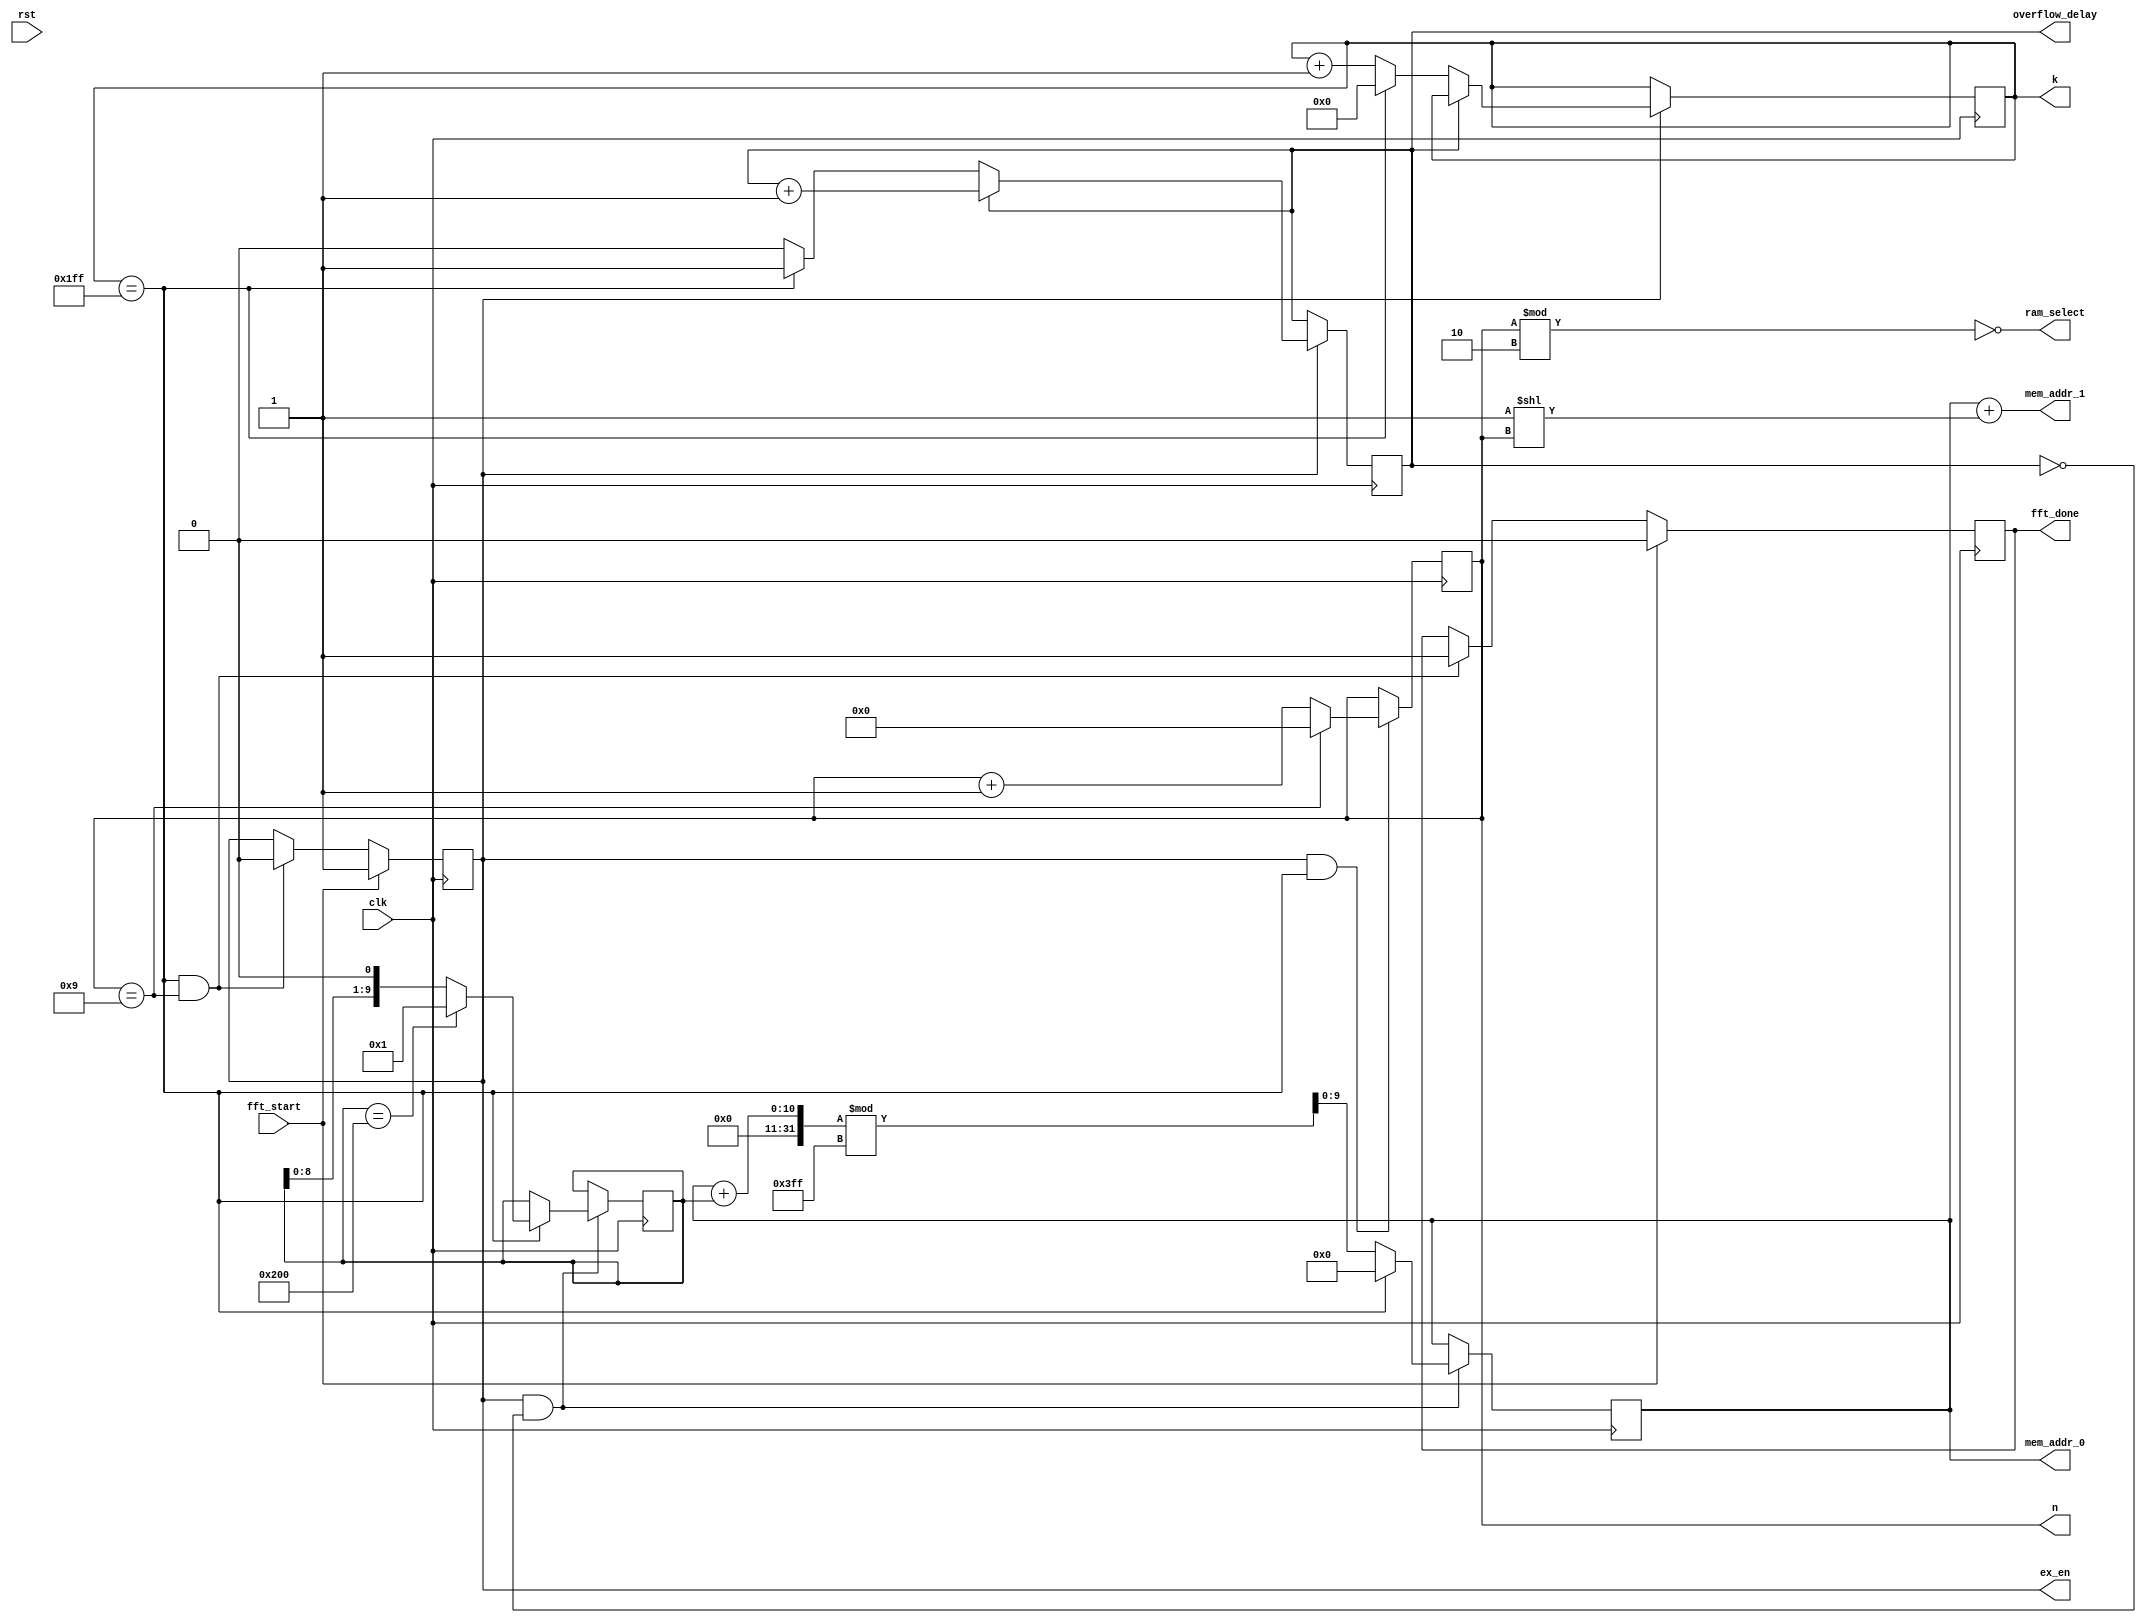
module AGU 
#(
    parameter addr_width = 10,
    parameter n_steps = 9
)
(
    input clk,
    input rst,
    input fft_start,
    output [addr_width - 1:0] mem_addr_0,
    output [addr_width - 1:0] mem_addr_1,
    output ram_select,
    output [n_steps-1:0] k,
    output [3: 0] n,
    output reg fft_done,
    output ex_en,
    output overflow_delay
);

reg ex_en = 0;
reg [n_steps-1:0] j = 0;
reg [3:0] i = 0;
reg overflow_delay = 0;
assign k = j;
assign n = i;

assign ram_select = !(i%2);
// counter j
always @(posedge clk) begin
    if(ex_en) begin
        if(overflow_delay == 0) begin
            if(j == 511) begin
                j <= 0;
                overflow_delay <= 1;
            end
            else begin
                j <= j +1;
            end
        end
        else begin
            overflow_delay <= overflow_delay + 1;
        end
    end
end

// counter i
always @(posedge clk) begin
    if(ex_en & (j == 511)) begin
        if( i == 9) begin
            i <= 0;
        end
        else begin
            i <= i +1;   
        end
    end
end

// offset 
wire [9:0] offset;
assign offset = 1'b1 << i;

// increment
reg [9:0] inc = 2'd2;
always @(posedge clk) begin
    if(ex_en & !overflow_delay ) begin
        if(j == 511) begin
            if(inc == 512) begin
                inc <= 1;
            end
            else begin
                inc <= inc << 1;
            end
        end
    end
end

reg [9:0] lower_addr = 0;
always @(posedge clk) begin
    if(ex_en & !overflow_delay) begin
            if(j == 511) begin
                lower_addr <= 0;
            end
            else begin
                lower_addr <= (lower_addr + inc ) % 1023;
            end
    end
end
assign mem_addr_0 = lower_addr;
assign mem_addr_1 = lower_addr + offset;

always @(posedge clk) begin
    if(fft_start) begin
        ex_en <= 1;
        fft_done <= 0;
    end
    else
    if(j == 511 & i == 9) begin
        ex_en <= 0;
        fft_done <= 1;
    end
end
initial begin
    fft_done <= 0;
end
endmodule